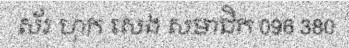
ស័រ ហុក សេង សមាជិក 096 380